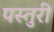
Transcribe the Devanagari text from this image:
पस्तुरी